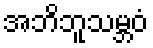
အဘိဘူသမ္ဘဝံ